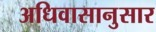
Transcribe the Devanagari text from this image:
अधिवासानुसार